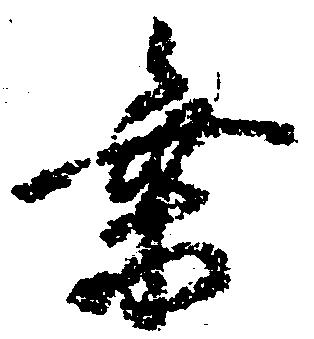
乗